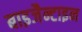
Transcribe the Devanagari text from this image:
बाइजैन्टाइन